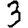
Digit: 3